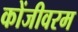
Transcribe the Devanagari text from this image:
कोंजीवरम